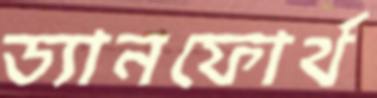
ড্যানফোর্থ